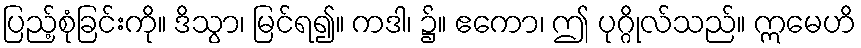
ပြည့်စုံခြင်းကို။ ဒိသွာ၊ မြင်ရ၍။ ကဒါ၊ ၌။ ဧကော၊ ဤ ပုဂ္ဂိုလ်သည်။ ဣမေဟိ